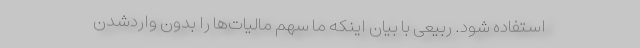
استفاده شود. ربیعی با بیان اینکه ما سهم مالیات‌ها را بدون واردشدن